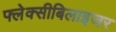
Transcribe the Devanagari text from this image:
फ्लेक्सीबिलाइजर